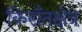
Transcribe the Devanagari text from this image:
किराँतक्षेत्र